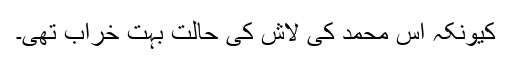
کیونکہ آس محمد کی لاش کی حالت بہت خراب تھی۔